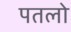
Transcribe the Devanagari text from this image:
पतलो